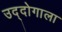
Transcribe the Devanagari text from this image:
उद्दोगाला